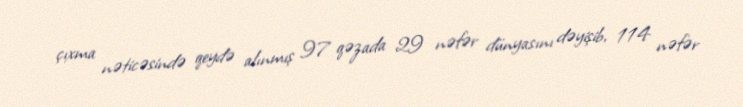
çıxma nəticəsində qeydə alınmış 97 qəzada 29 nəfər dünyasını dəyişib, 114 nəfər